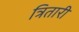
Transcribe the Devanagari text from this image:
त्रितारी